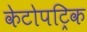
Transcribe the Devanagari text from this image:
केटोपट्रिक